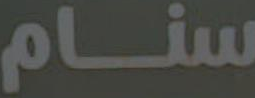
سنام